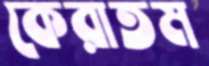
কেরাতম